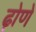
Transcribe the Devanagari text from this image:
ढ़ोणे